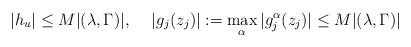
LaTeX: \begin{align*}|h_u|\leq M|(\lambda,\Gamma)|,\,\,\,\,\,\,\, |g_j(z_j)|:=\max_\alpha |g_j^{\alpha}(z_j)| \leq M|(\lambda,\Gamma)| \,\,\,\,\end{align*}